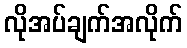
လိုအပ်ချက်အလိုက်